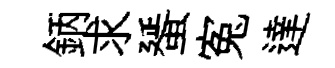
鈵求蜑寃達